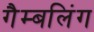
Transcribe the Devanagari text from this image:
गैम्बलिंग